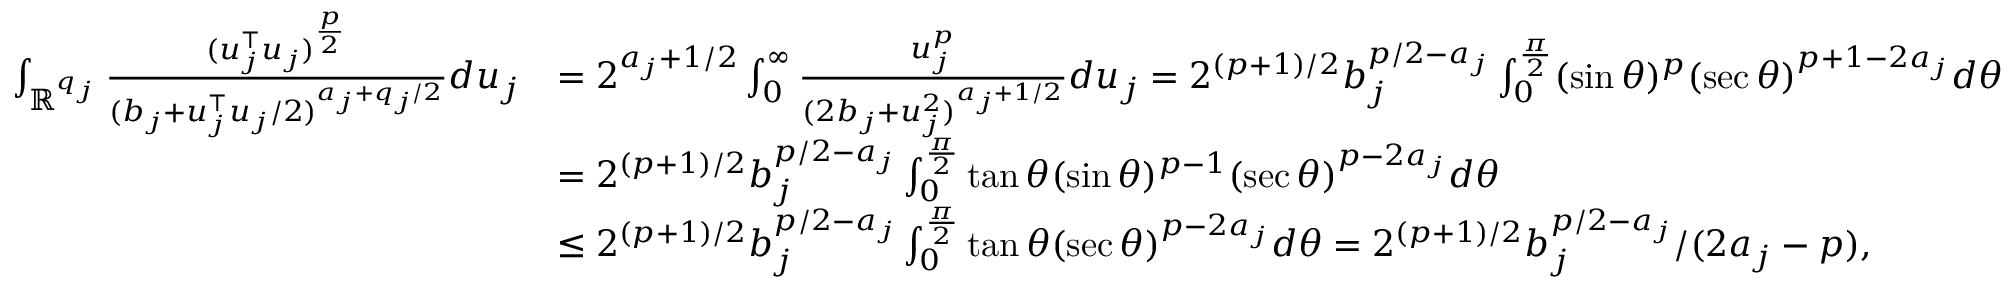
\begin{array} { r l } { \int _ { \mathbb { R } ^ { q _ { j } } } \frac { ( u _ { j } ^ { \top } u _ { j } ) ^ { \frac { p } { 2 } } } { ( b _ { j } + u _ { j } ^ { \top } u _ { j } / 2 ) ^ { a _ { j } + q _ { j } / 2 } } d u _ { j } } & { = 2 ^ { a _ { j } + 1 / 2 } \int _ { 0 } ^ { \infty } \frac { u _ { j } ^ { p } } { ( 2 b _ { j } + u _ { j } ^ { 2 } ) ^ { a _ { j } + 1 / 2 } } d u _ { j } = 2 ^ { ( p + 1 ) / 2 } b _ { j } ^ { p / 2 - a _ { j } } \int _ { 0 } ^ { \frac { \pi } { 2 } } ( \sin \theta ) ^ { p } ( \sec \theta ) ^ { p + 1 - 2 a _ { j } } d \theta } \\ & { = 2 ^ { ( p + 1 ) / 2 } b _ { j } ^ { p / 2 - a _ { j } } \int _ { 0 } ^ { \frac { \pi } { 2 } } \tan \theta ( \sin \theta ) ^ { p - 1 } ( \sec \theta ) ^ { p - 2 a _ { j } } d \theta } \\ & { \le 2 ^ { ( p + 1 ) / 2 } b _ { j } ^ { p / 2 - a _ { j } } \int _ { 0 } ^ { \frac { \pi } { 2 } } \tan \theta ( \sec \theta ) ^ { p - 2 a _ { j } } d \theta = 2 ^ { ( p + 1 ) / 2 } b _ { j } ^ { p / 2 - a _ { j } } / ( 2 a _ { j } - p ) , } \end{array}